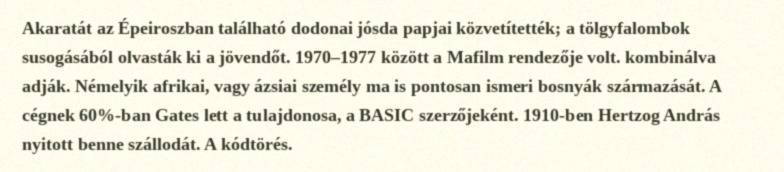
Akaratát az Épeiroszban található dodonai jósda papjai közvetítették; a tölgyfalombok susogásából olvasták ki a jövendőt. 1970–1977 között a Mafilm rendezője volt. kombinálva adják. Némelyik afrikai, vagy ázsiai személy ma is pontosan ismeri bosnyák származását. A cégnek 60%-ban Gates lett a tulajdonosa, a BASIC szerzőjeként. 1910-ben Hertzog András nyitott benne szállodát. A kódtörés.